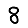
Digit: 8